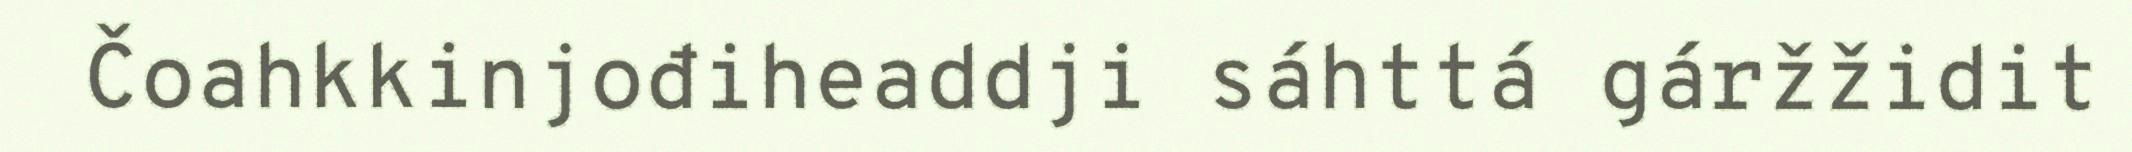
Čoahkkinjođiheaddji sáhttá gáržžidit